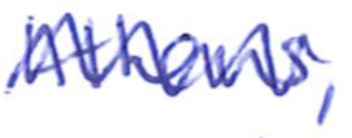
Text: Athens,
Cross-out: zig-zag
Writing tool: ballpoint